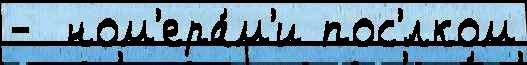
-  ном'ера́м'и пос'́лком